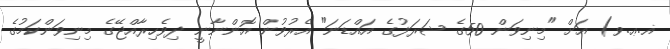
ޣ.ޢ.ވ) އަށް "މިނިވަން 50ގެ ޝަރަފުގެ އައްޑަނަ" އެރުވުން އޮންނާނީ ދިވެހިރާއްޖޭގެ މިނިވަންކަމުގެ